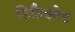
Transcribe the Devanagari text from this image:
डिफ्रैक्टेड